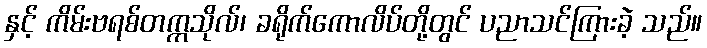
နှင့် ကိမ်းဗရစ်တက္ကသိုလ်၊ ခရိုက်ကောလိပ်တို့တွင် ပညာသင်ကြားခဲ့ သည်။